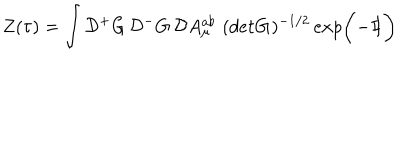
Z ( \tau ) = \int { \cal D } { ^ + } G \, { \cal D } { ^ - } G \, { \cal D } A _ { \mu } ^ { a b } \, \, ( d e t { \bf G } ) ^ { - 1 / 2 } \, e x p \bigg ( { - { I \! \! I } } \bigg )